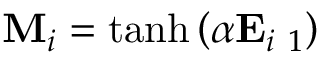
\mathbf { M } _ { i } = \operatorname { t a n h } \left( \alpha \mathbf { E } _ { i } \mathbf \Theta _ { 1 } \right)